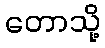
တောသို့